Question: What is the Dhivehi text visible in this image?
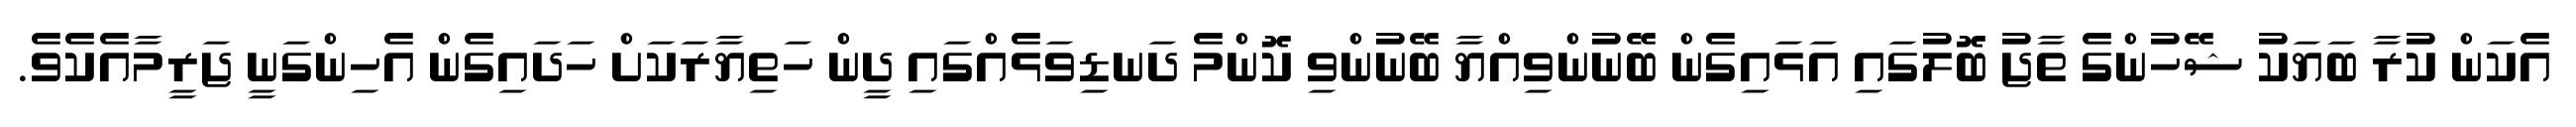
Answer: އެކަން ކުރާ ބަޔަކު ޝޭހުންގެ ތާޖު ބޮލުގައި އަޅައިގެން ބޭނުންވިއްޔާ ބޭނުންވި ކޮންމެ ދަނޑިވަޅެއްގައި ދީން ހަތިޔާރަކަށް ހަދައިގެން އެހިންގަނީ ޖަރީމާއެކެވެ.